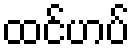
ထင်ဟပ်